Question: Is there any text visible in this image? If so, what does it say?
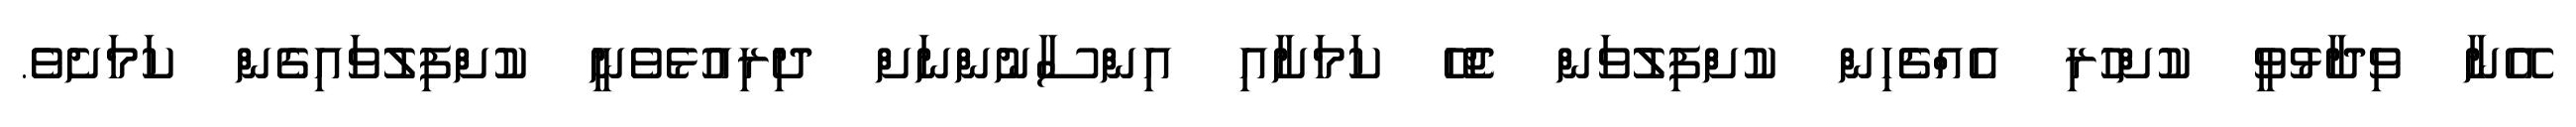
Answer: އޭނާ ވިދާޅުވީ ކުށްހުރި އެއްޗެހިން ކުށްފިލުވަން ޖެހޭ ކަމަށާއި އިންސާނުންނަށް ދިރިއުޅެވެނީ ކުށްފިލުވައިގެން ކަމަށެވެ.